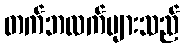
တက်ဘလက်များသည်